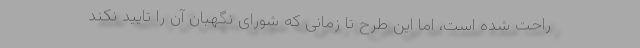
راحت شده است، اما این طرح تا زمانی که شورای نگهبان آن را تایید نکند